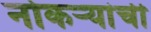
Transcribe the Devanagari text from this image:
नोकर्‍यांची